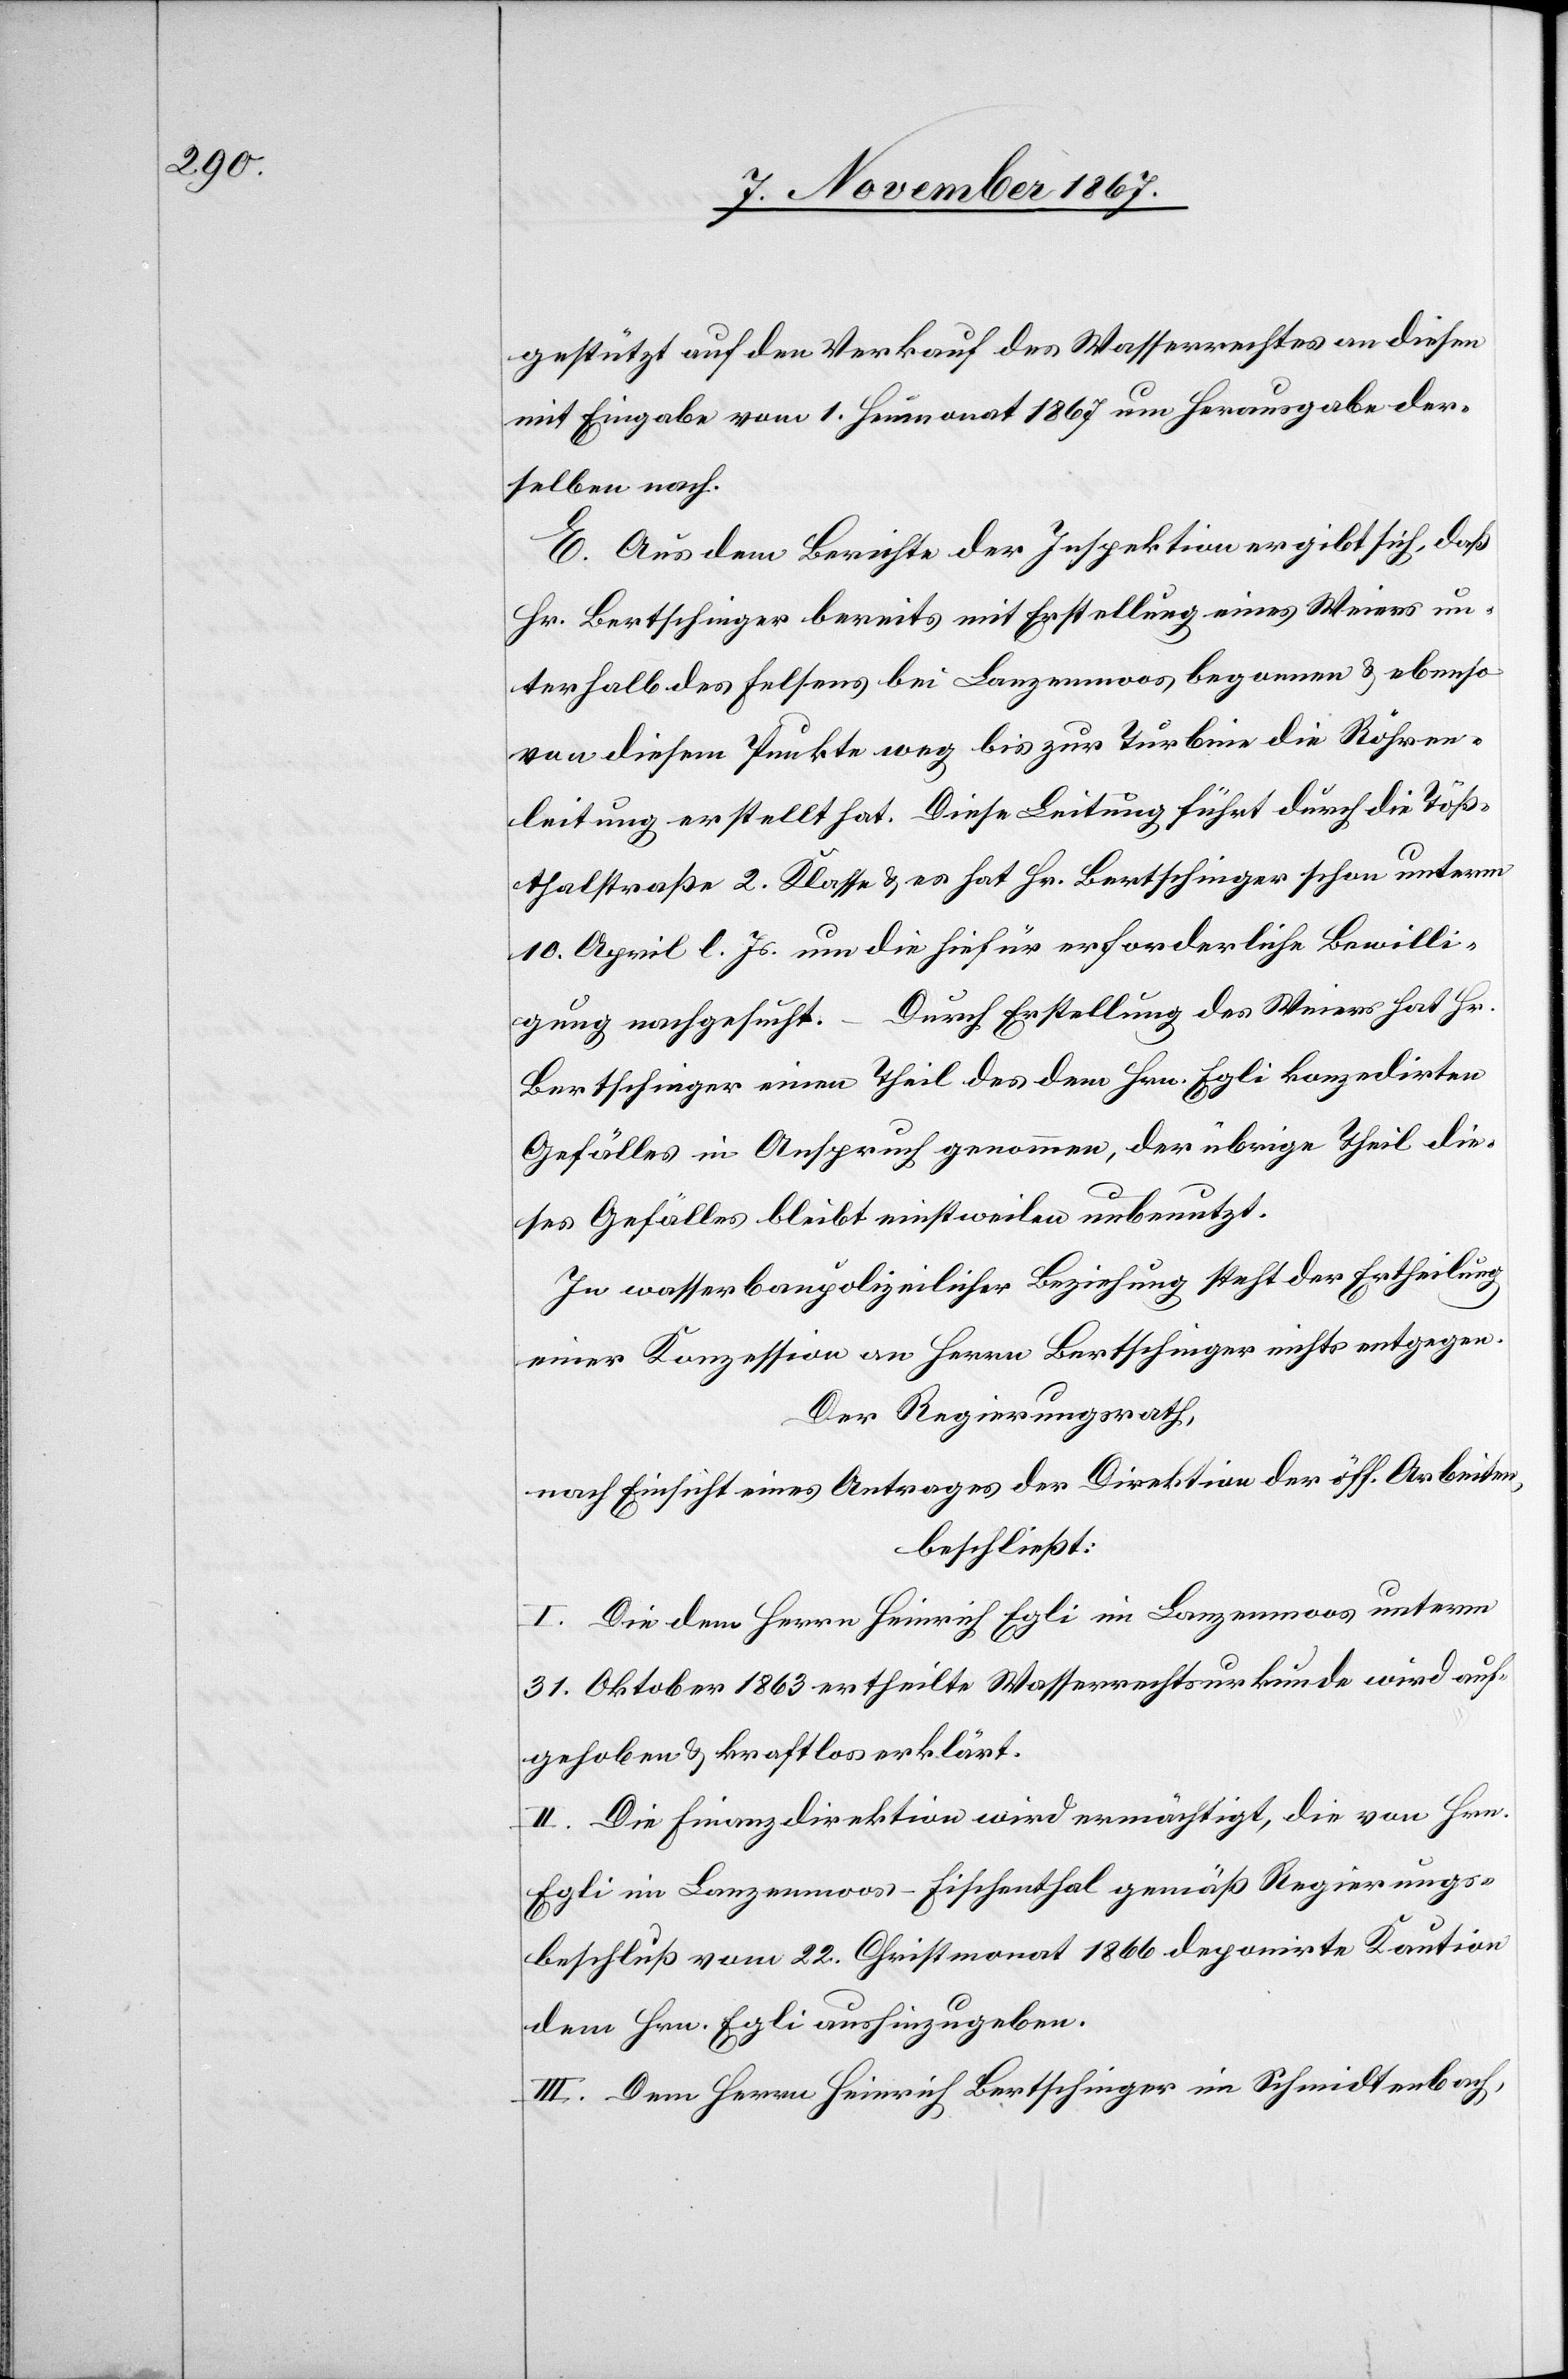
gestützt auf den Verkauf des Wasserrechtes an diesen
mit Eingabe vom 1. Heumonat 1867 um Herausgabe der¬
selben nach.
E. Aus dem Berichte der Inspektion ergibt sich, daß
Hr. Bertschinger bereits mit Erstellung eines Weiers un¬
terhalb des Felsens bei Lanzenmoos begonnen u. ebenso
von diesem Punkte weg bis zur Turbine die Röhren¬
leitung erstellt hat. Diese Leitung führt durch die Töß¬
thalstraße 2. Klasse u. es hat Hr. Bertschinger schon unterm
10. April l. Js. um die hiefür erforderliche Bewilli¬
gung nachgesucht. – Durch Erstellung des Weiers hat Hr.
Bertschinger einen Theil des dem Hrn. Egli konzedirten
Gefälles in Anspruch genommen, der übrige Theil die¬
ses Gefälles bleibt einstweilen unbenutzt.
In wasserbaupolizeilicher Beziehung steht der Ertheilung
einer Konzession an Herrn Bertschinger nichts entgegen.
Der Regierungsrath,
nach Einsicht eines Antrages der Direktion der öff. Arbeiten,
beschließt:
I. Die dem Herrn Heinrich Egli im Lanzenmoos unterm
31. Oktober 1863 ertheilte Wasserrechtsurkunde wird auf¬
gehoben u. kraftlos erklärt.
II. Die Finanzdirektion wird ermächtigt, die von Hrn.
Egli im Lanzenmoos - Fischenthal gemäß Regierungs¬
beschluß vom 22. Christmonat 1866 deponirte Kaution
dem Hrn. Egli aushinzugeben.
III. Dem Herrn Heinrich Bertschinger im Schmidtenbach,